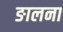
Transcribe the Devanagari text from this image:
ङालना